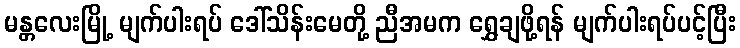
မန္တလေးမြို့ မျက်ပါးရပ် ဒေါ်သိန်းမေတို့ ညီအမက ရွှေချဖို့ရန် မျက်ပါးရပ်ပင့်ပြီး